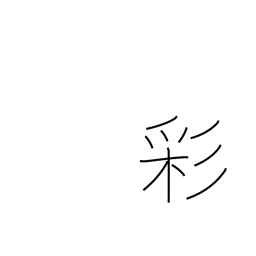
Meaning: coloring